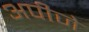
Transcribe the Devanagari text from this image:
अपीजे